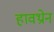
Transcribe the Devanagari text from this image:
हावथ्रोन